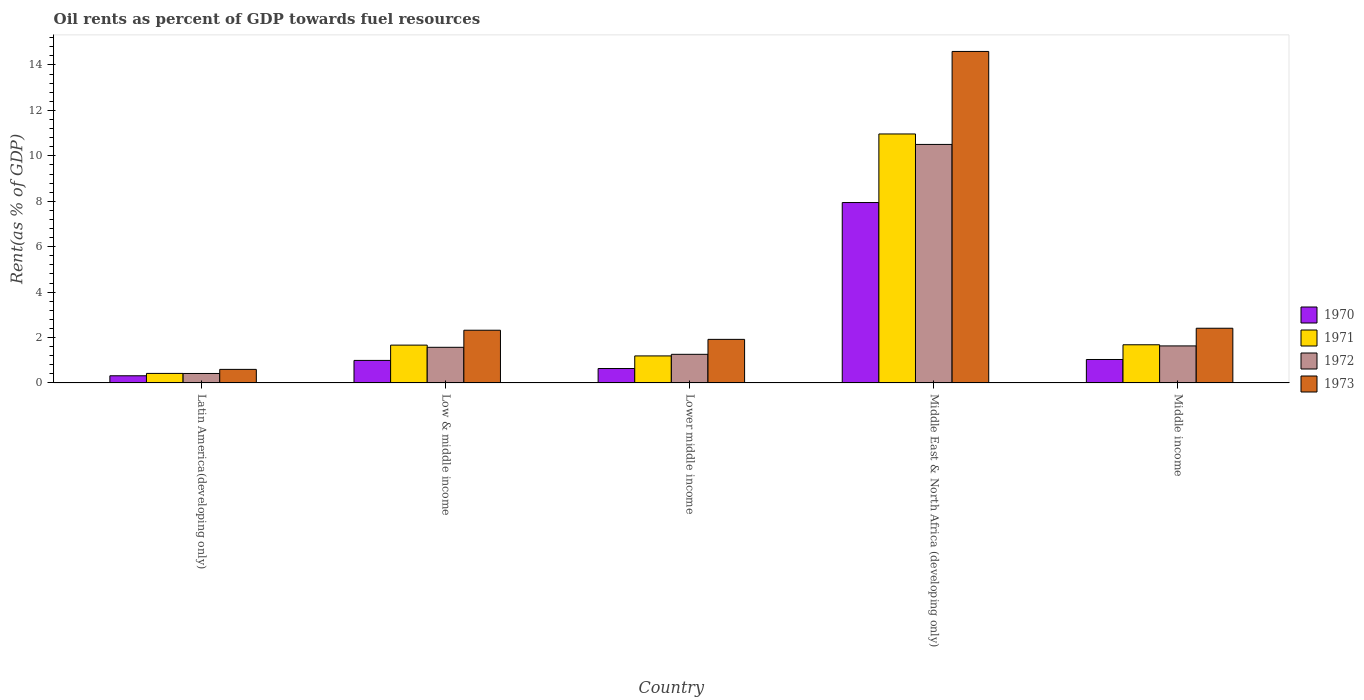
| Country | 1970 | 1971 | 1972 | 1973 |
 | --- | --- | --- | --- | --- |
 | Latin America(developing only) | 0.315 | 0.419 | 0.417 | 0.597 |
 | Low & middle income | 0.992 | 1.67 | 1.57 | 2.32 |
 | Lower middle income | 0.635 | 1.19 | 1.26 | 1.92 |
 | Middle East & North Africa (developing only) | 7.94 | 11 | 10.5 | 14.6 |
 | Middle income | 1.03 | 1.68 | 1.63 | 2.41 |